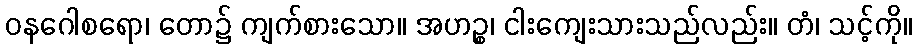
ဝနဂေါစရော၊ တော၌ ကျက်စားသော။ အဟဉ္စ၊ ငါးကျေးသားသည်လည်း။ တံ၊ သင့်ကို။